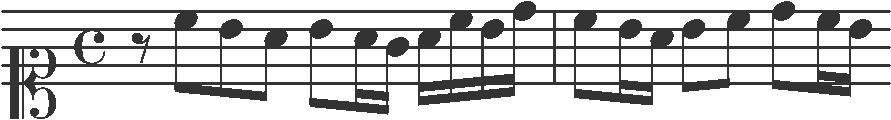
Transcription: clef-C1 timeSignature-C rest-eighth note-C5_eighth note-B4_eighth note-A4_eighth note-B4_eighth note-A4_sixteenth note-G4_sixteenth note-A4_sixteenth note-C5_sixteenth note-B4_sixteenth note-D5_sixteenth barline note-C5_eighth note-B4_sixteenth note-A4_sixteenth note-B4_eighth note-C5_eighth note-D5_eighth note-C5_sixteenth note-B4_sixteenth